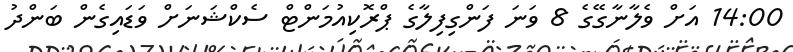
14:00 އަށް ވެލާނާގޭގެ 8 ވަނަ ފަންގިފިލާގެ ޕްރޮކިއުމަންޓް ސެކްޝަނަށް ވަޑައިގެން ބަންދު